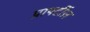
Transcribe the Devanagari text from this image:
प्रापर्टीज़